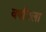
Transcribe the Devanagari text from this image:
वर्षांतला